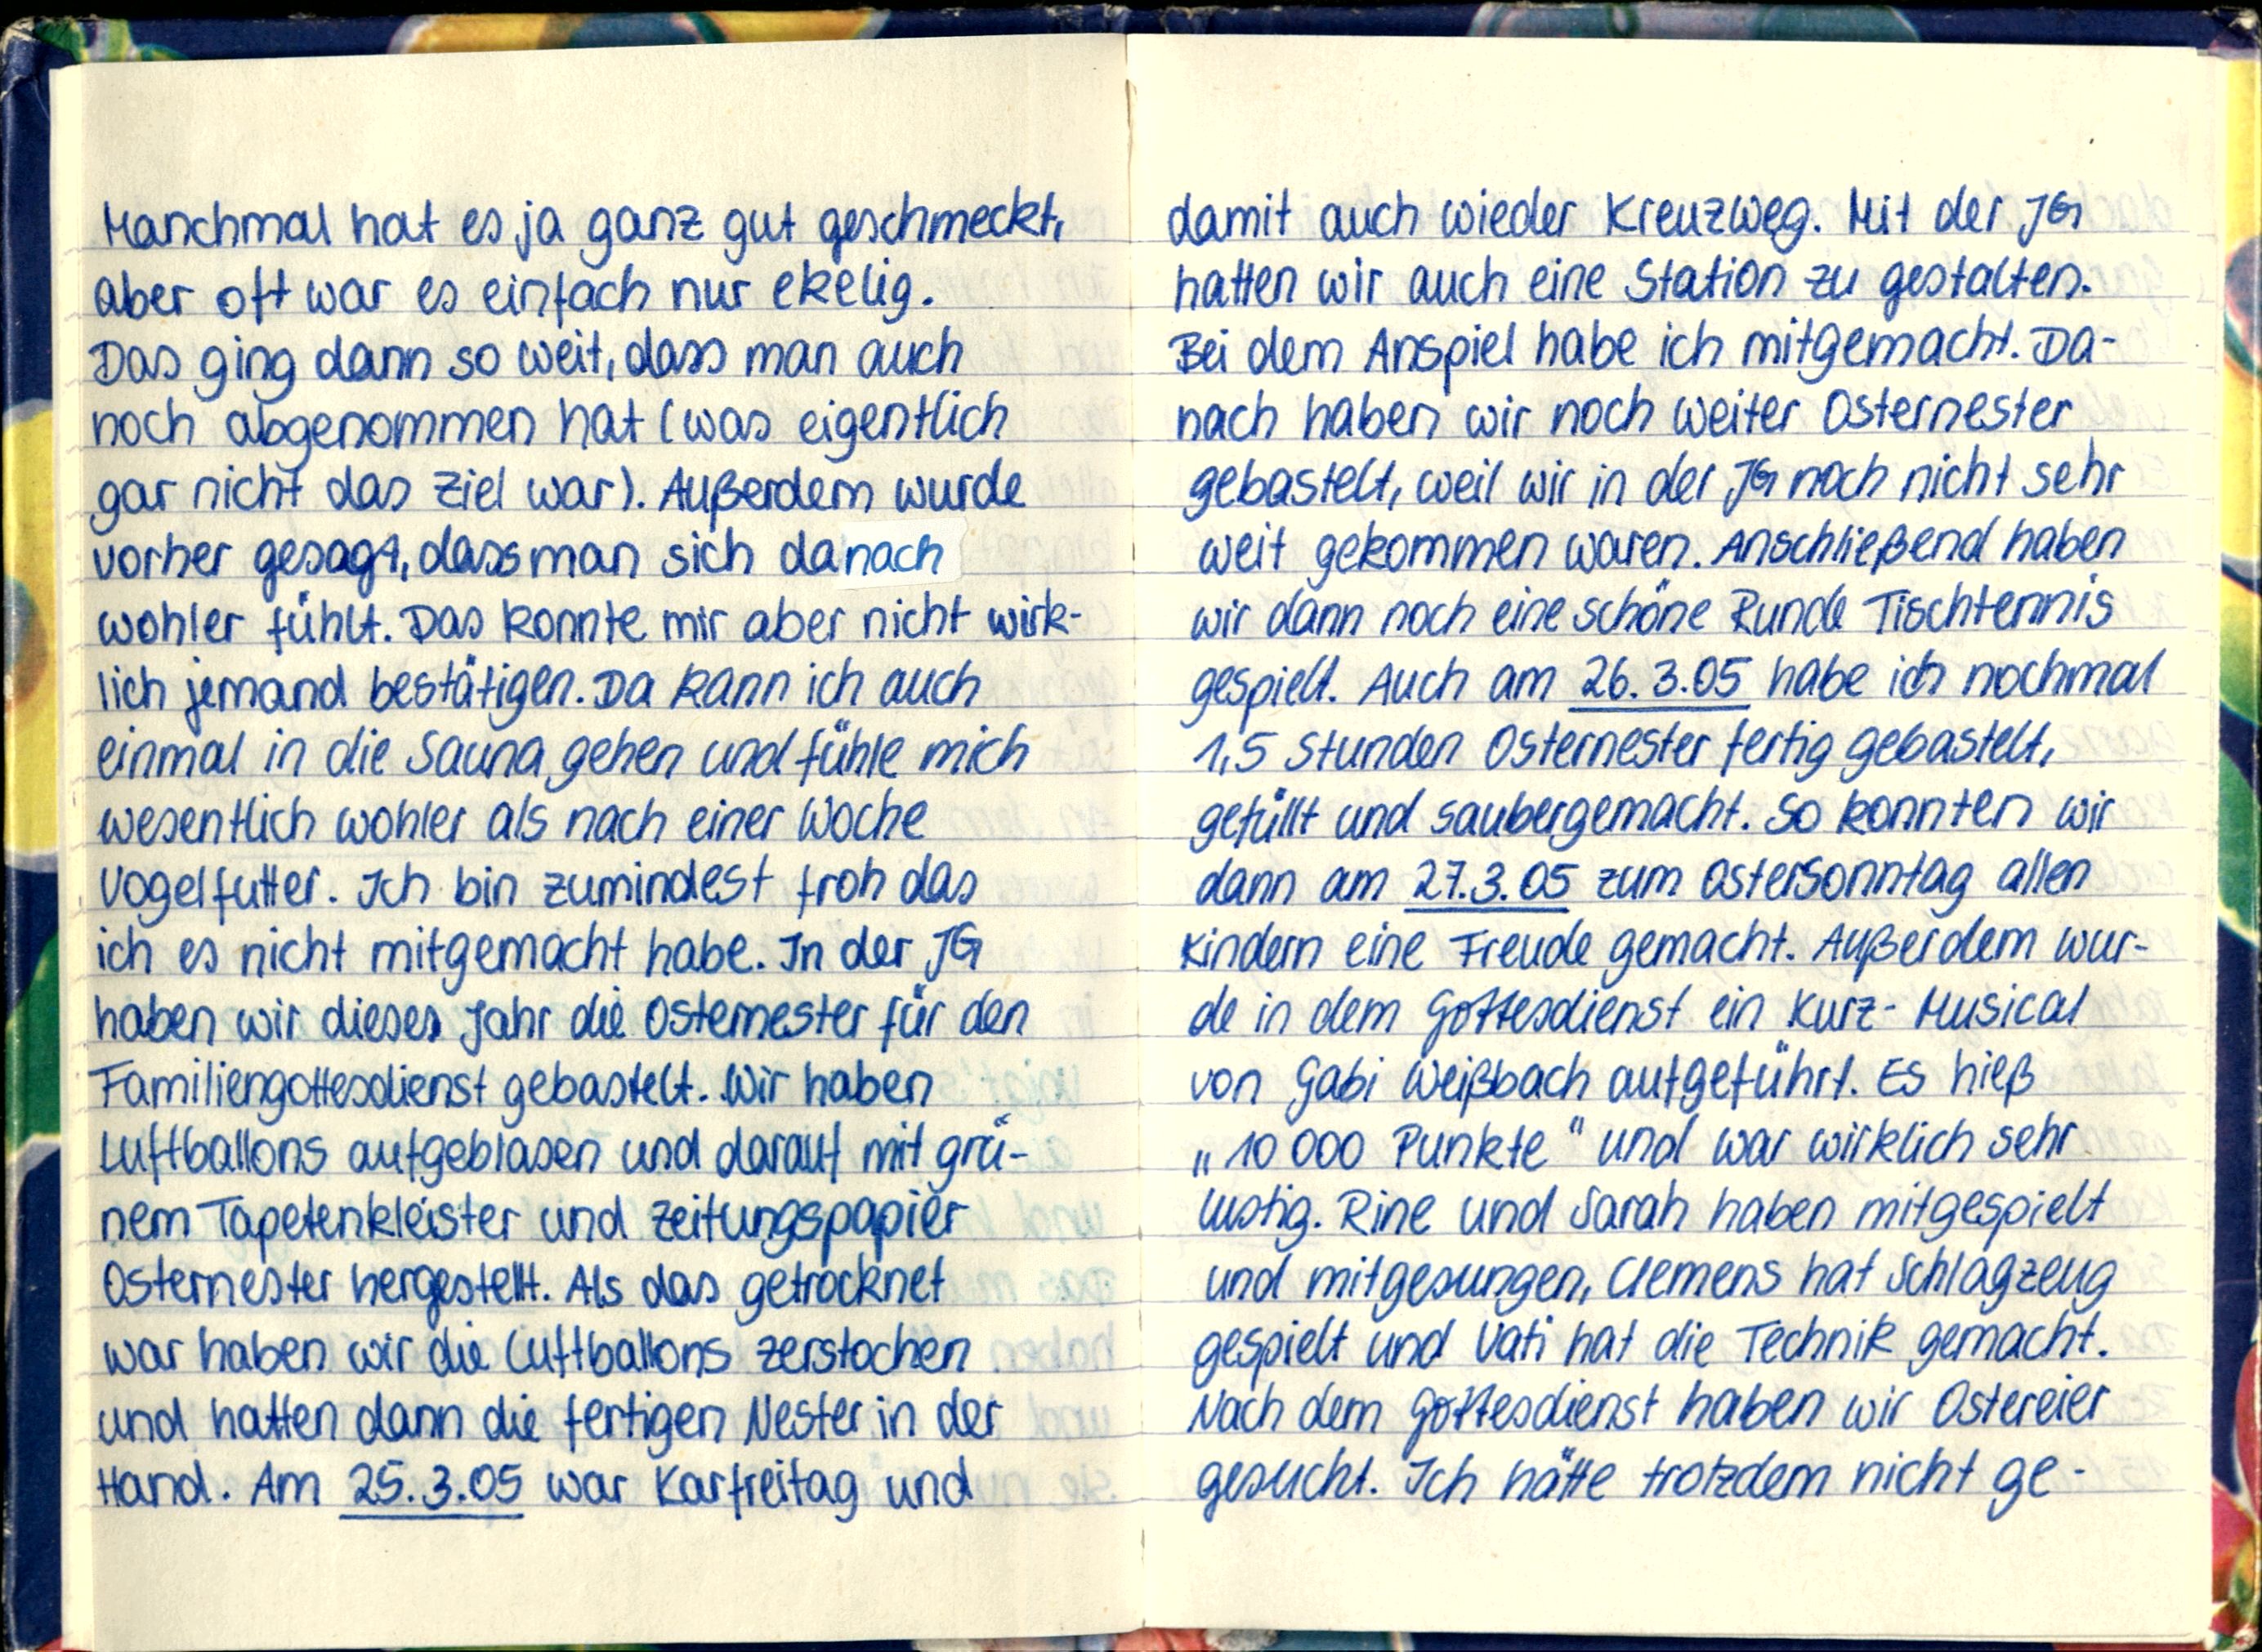
Manchmal hat es ja ganz gut geschmeckt,
aber oft war es einfach nur ekelig.
Das ging dann so weit, dass man auch
noch abgenommen hat (was eigentlich
gar nicht das Ziel war). Außerdem wurde
vorher gesagt, dass man sich danach
wohler fühlt. Das konnte mir aber nicht wirk-
lich jemand bestätigen. Da kann ich auch
einmal in die Sauna gehen und fühle mich
wesentlich wohler als nach einer Woche
Vogelfutter. Ich bin zumindest froh das
ich es nicht mitgemacht habe. In der JG
haben wir dieses Jahr die Osternester für den
Familiengottesdienst gebastelt. Wir haben
Luftballons aufgeblasen und darauf mit grü-
nem Tapetenkleister und Zeitungspapier
Osternester hergestellt. Als das getrocknet
war haben wir die Luftballons zerstochen
und hatten dann die fertigen Nester in der
Hand. Am 25.3.05 war Karfreitag und

damit auch wieder Kreuzweg. Mit der JG
hatten wir auch eine Station zu gestalten.
Bei dem Anspiel habe ich mitgemacht. Da-
nach haben wir noch weiter Osternester
gebastelt, weil wir in der JG noch nicht sehr
weit gekommen waren. Anschließend haben
wir dann noch eine schöne Runde Tischtennis
gespielt. Auch am 26.3.05 habe ich nochmal
1,5 Stunden Osternester fertig gebastelt,
gefüllt und saubergemacht. So konnten wir
dann am 27.3.05 zum Ostersonntag allen
Kindern eine Freude gemacht. Außerdem wur-
de in dem Gottesdienst ein Kurz-Musical
von Gabi Weißbach aufgeführt. Es hieß
„10 000 Punkte" und war wirklich sehr
lustig. Rine und Sarah haben mitgespielt
und mitgesungen, Clemens hat Schlagzeug
gespielt und Vati hat die Technik gemacht.
Nach dem Gottesdienst haben wir Ostereier
gesucht. Ich hätte trotzdem nicht ge-